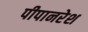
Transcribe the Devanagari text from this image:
पीपानरेश